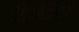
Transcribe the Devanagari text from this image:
हिप्पोक्रैटस